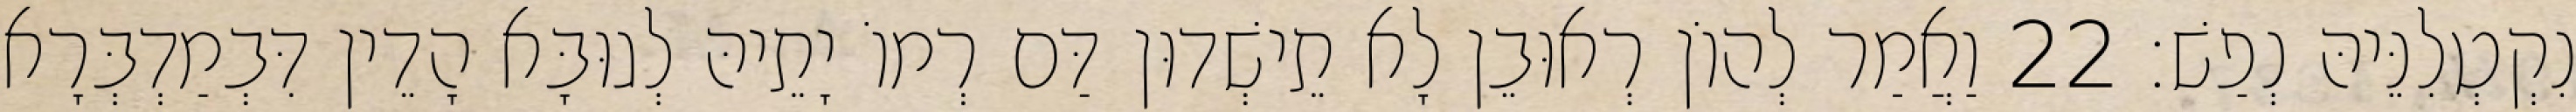
נִקְטְלִנֵּיהּ נְפַשׁ׃ 22 וַאֲמַר לְהוֹן רְאוּבֵן לָא תֵישְׁדוּן דַּם רְמוֹ יָתֵיהּ לְגוּבָּא הָדֵין דִּבְמַדְבְּרָא